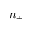
n _ { + }